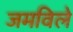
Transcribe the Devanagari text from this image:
जमविले